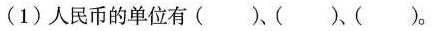
(1)人民币的单位有( )、( )、( )。